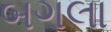
બગલા